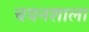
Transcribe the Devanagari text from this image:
चयनशाला